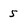
Character: 5